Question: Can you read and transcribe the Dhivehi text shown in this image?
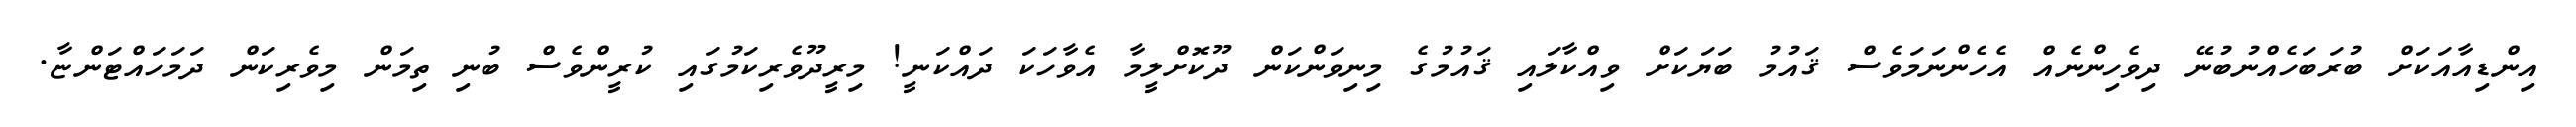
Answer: އިންޑިއާއަކަށް ބުރަބަހެއްނުބުނޭ ދިވެހިންނެއް އެހެންނަމަވެސް ޤައުމު ބަޔަކަށް ވިއްކާލައި ޤައުމުގެ މިނިވަންކަން ދޫކޮށްލީމާ އެވާހަކަ ދައްކަނީ! މިރީދޫވެރިކަމުގައި ކުރީންވެސް ބުނި ތިމަން މިވެރިކަން ދަމަހައްޓަންޏާ.